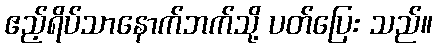
ဧည့်ရိပ်သာနောက်ဘက်သို့ ပတ်ပြေး သည်။